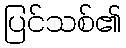
ပြင်သစ်၏